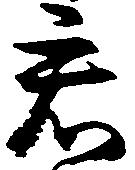
君